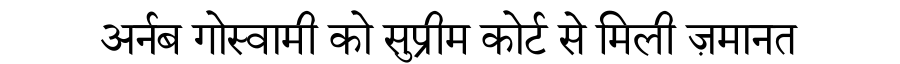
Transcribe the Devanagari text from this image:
अर्नब गोस्वामी को सुप्रीम कोर्ट से मिली ज़मानत